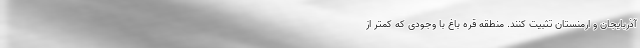
آذربایجان و ارمنستان تثبیت کنند. منطقه قره باغ با وجودی که کمتر از